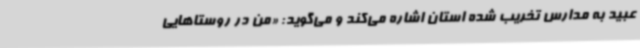
عبید به مدارس تخریب شده استان اشاره می‌کند و می‌گوید: «من در روستاهایی